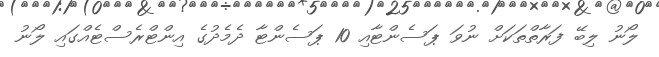
ލޯނު ލިބޭ ފަރާތްތަކަށް ނުވަ ޕަސެންޓާއި 10 ޕަސެންޓާ ދެމެދުގެ އިންޓްރެސްޓެއްގައި ލޯނު